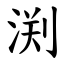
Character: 渕